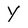
Character: Y